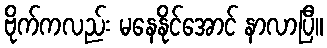
ဗိုက်ကလည်း မနေနိုင်အောင် နာလာပြီ။